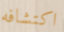
اكتشافه